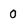
Character: 0